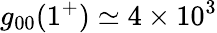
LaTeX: g_{00}(1^{+})\simeq 4\times 10^{3}